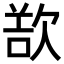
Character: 𣣔